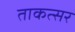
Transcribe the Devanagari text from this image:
ताकत्सर